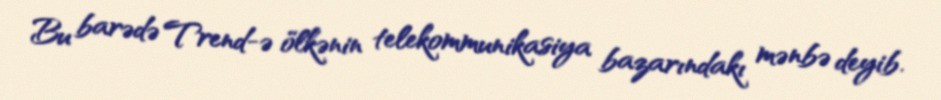
Bu barədə Trend-ə ölkənin telekommunikasiya bazarındakı mənbə deyib.